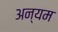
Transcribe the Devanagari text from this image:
अन्यम